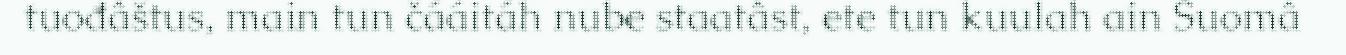
tuođâštus, main tun čááitáh nube staatâst, ete tun kuulah ain Suomâ